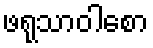
ဖရုသာဝါစော